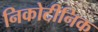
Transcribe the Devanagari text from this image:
निकोटीनिक